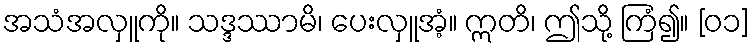
အသံအလှူကို။ သဒ္ဒဿာမိ၊ ပေးလှူအံ့။ ဣတိ၊ ဤသို့ ကြံ၍။ [၀၁]